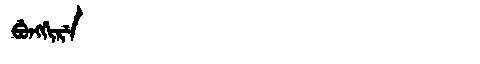
Manchu: ᠪᡠᠩᡤᡳᡵᡝ
Romanization: BUNGGIRE